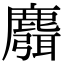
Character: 麛